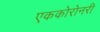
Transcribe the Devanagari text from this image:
एककोरोनरी